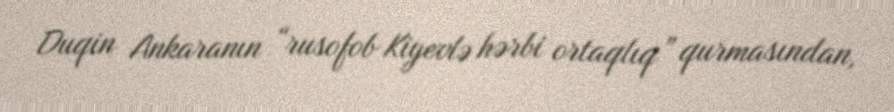
Duqin Ankaranın “rusofob Kiyevlə hərbi ortaqlıq” qurmasından,